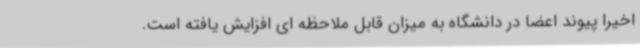
اخیرا پیوند اعضا در دانشگاه به میزان قابل ملاحظه ای افزایش یافته است.